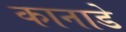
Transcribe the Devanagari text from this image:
कानाडे